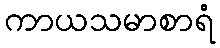
ကာယသမာစာရံ